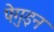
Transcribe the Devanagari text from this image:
पेगुइन